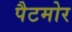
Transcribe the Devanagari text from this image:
पैटमोर